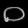
Digit: ၀